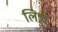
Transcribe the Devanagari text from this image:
लिड्डी